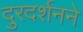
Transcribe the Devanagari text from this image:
दुरदर्शनने